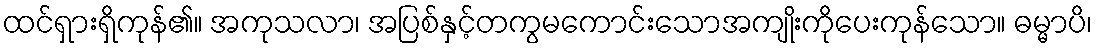
ထင်ရှားရှိကုန်၏။ အကုသလာ၊ အပြစ်နှင့်တကွမကောင်းသောအကျိုးကိုပေးကုန်သော။ ဓမ္မာပိ၊